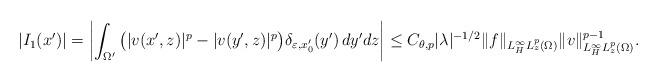
LaTeX: \begin{align*}|I_1(x')|=\left\vert \int_{\Omega'} \big( |v(x', z)|^p - |v(y', z)|^p \big) \delta_{\varepsilon,x'_0}(y') \, dy'dz \right\vert \le C_{\theta,p}|\lambda|^{-1/2} \|f\|_{L^\infty_H L^p_z(\Omega)} \|v\|_{L^\infty_H L^p_z(\Omega)}^{p-1}.\end{align*}